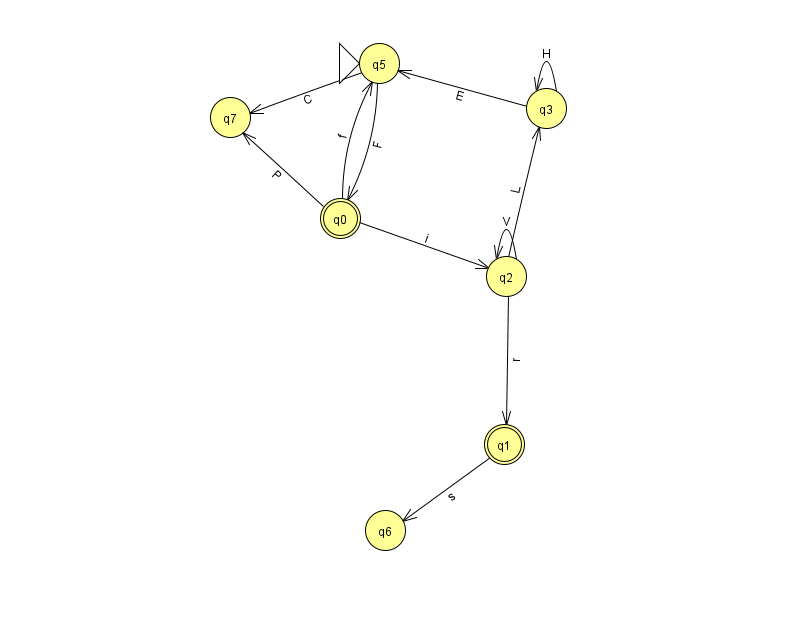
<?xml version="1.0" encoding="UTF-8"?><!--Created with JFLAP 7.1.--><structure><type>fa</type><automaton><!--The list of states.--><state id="0" name="q0"><x>340.0</x><y>205.0</y><final/></state><state id="1" name="q1"><x>504.0</x><y>431.0</y><final/></state><state id="2" name="q2"><x>506.0</x><y>263.0</y></state><state id="3" name="q3"><x>546.0</x><y>95.0</y></state><state id="5" name="q5"><x>379.0</x><y>50.0</y><initial/></state><state id="6" name="q6"><x>385.0</x><y>517.0</y></state><state id="7" name="q7"><x>230.0</x><y>104.0</y></state><!--The list of transitions.--><transition><from>0</from><to>7</to><read>P</read></transition><transition><from>2</from><to>2</to><read>V</read></transition><transition><from>1</from><to>6</to><read>s</read></transition><transition><from>2</from><to>1</to><read>r</read></transition><transition><from>3</from><to>3</to><read>H</read></transition><transition><from>0</from><to>2</to><read>i</read></transition><transition><from>0</from><to>5</to><read>f</read></transition><transition><from>5</from><to>0</to><read>F</read></transition><transition><from>2</from><to>3</to><read>L</read></transition><transition><from>5</from><to>7</to><read>C</read></transition><transition><from>3</from><to>5</to><read>E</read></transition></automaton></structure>